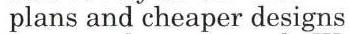
plans and cheaper designs